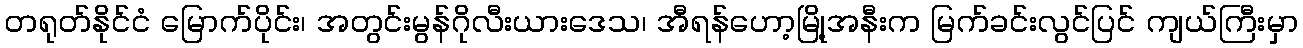
တရုတ်နိုင်ငံ မြောက်ပိုင်း၊ အတွင်းမွန်ဂိုလီးယားဒေသ၊ အီရန်ဟော့မြို့အနီးက မြက်ခင်းလွင်ပြင် ကျယ်ကြီးမှာ